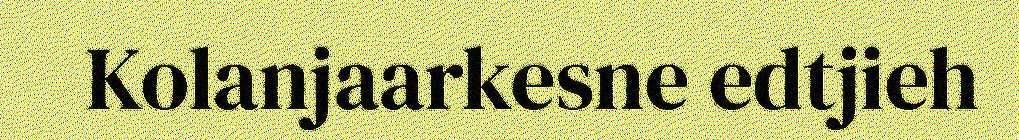
Kolanjaarkesne edtjieh